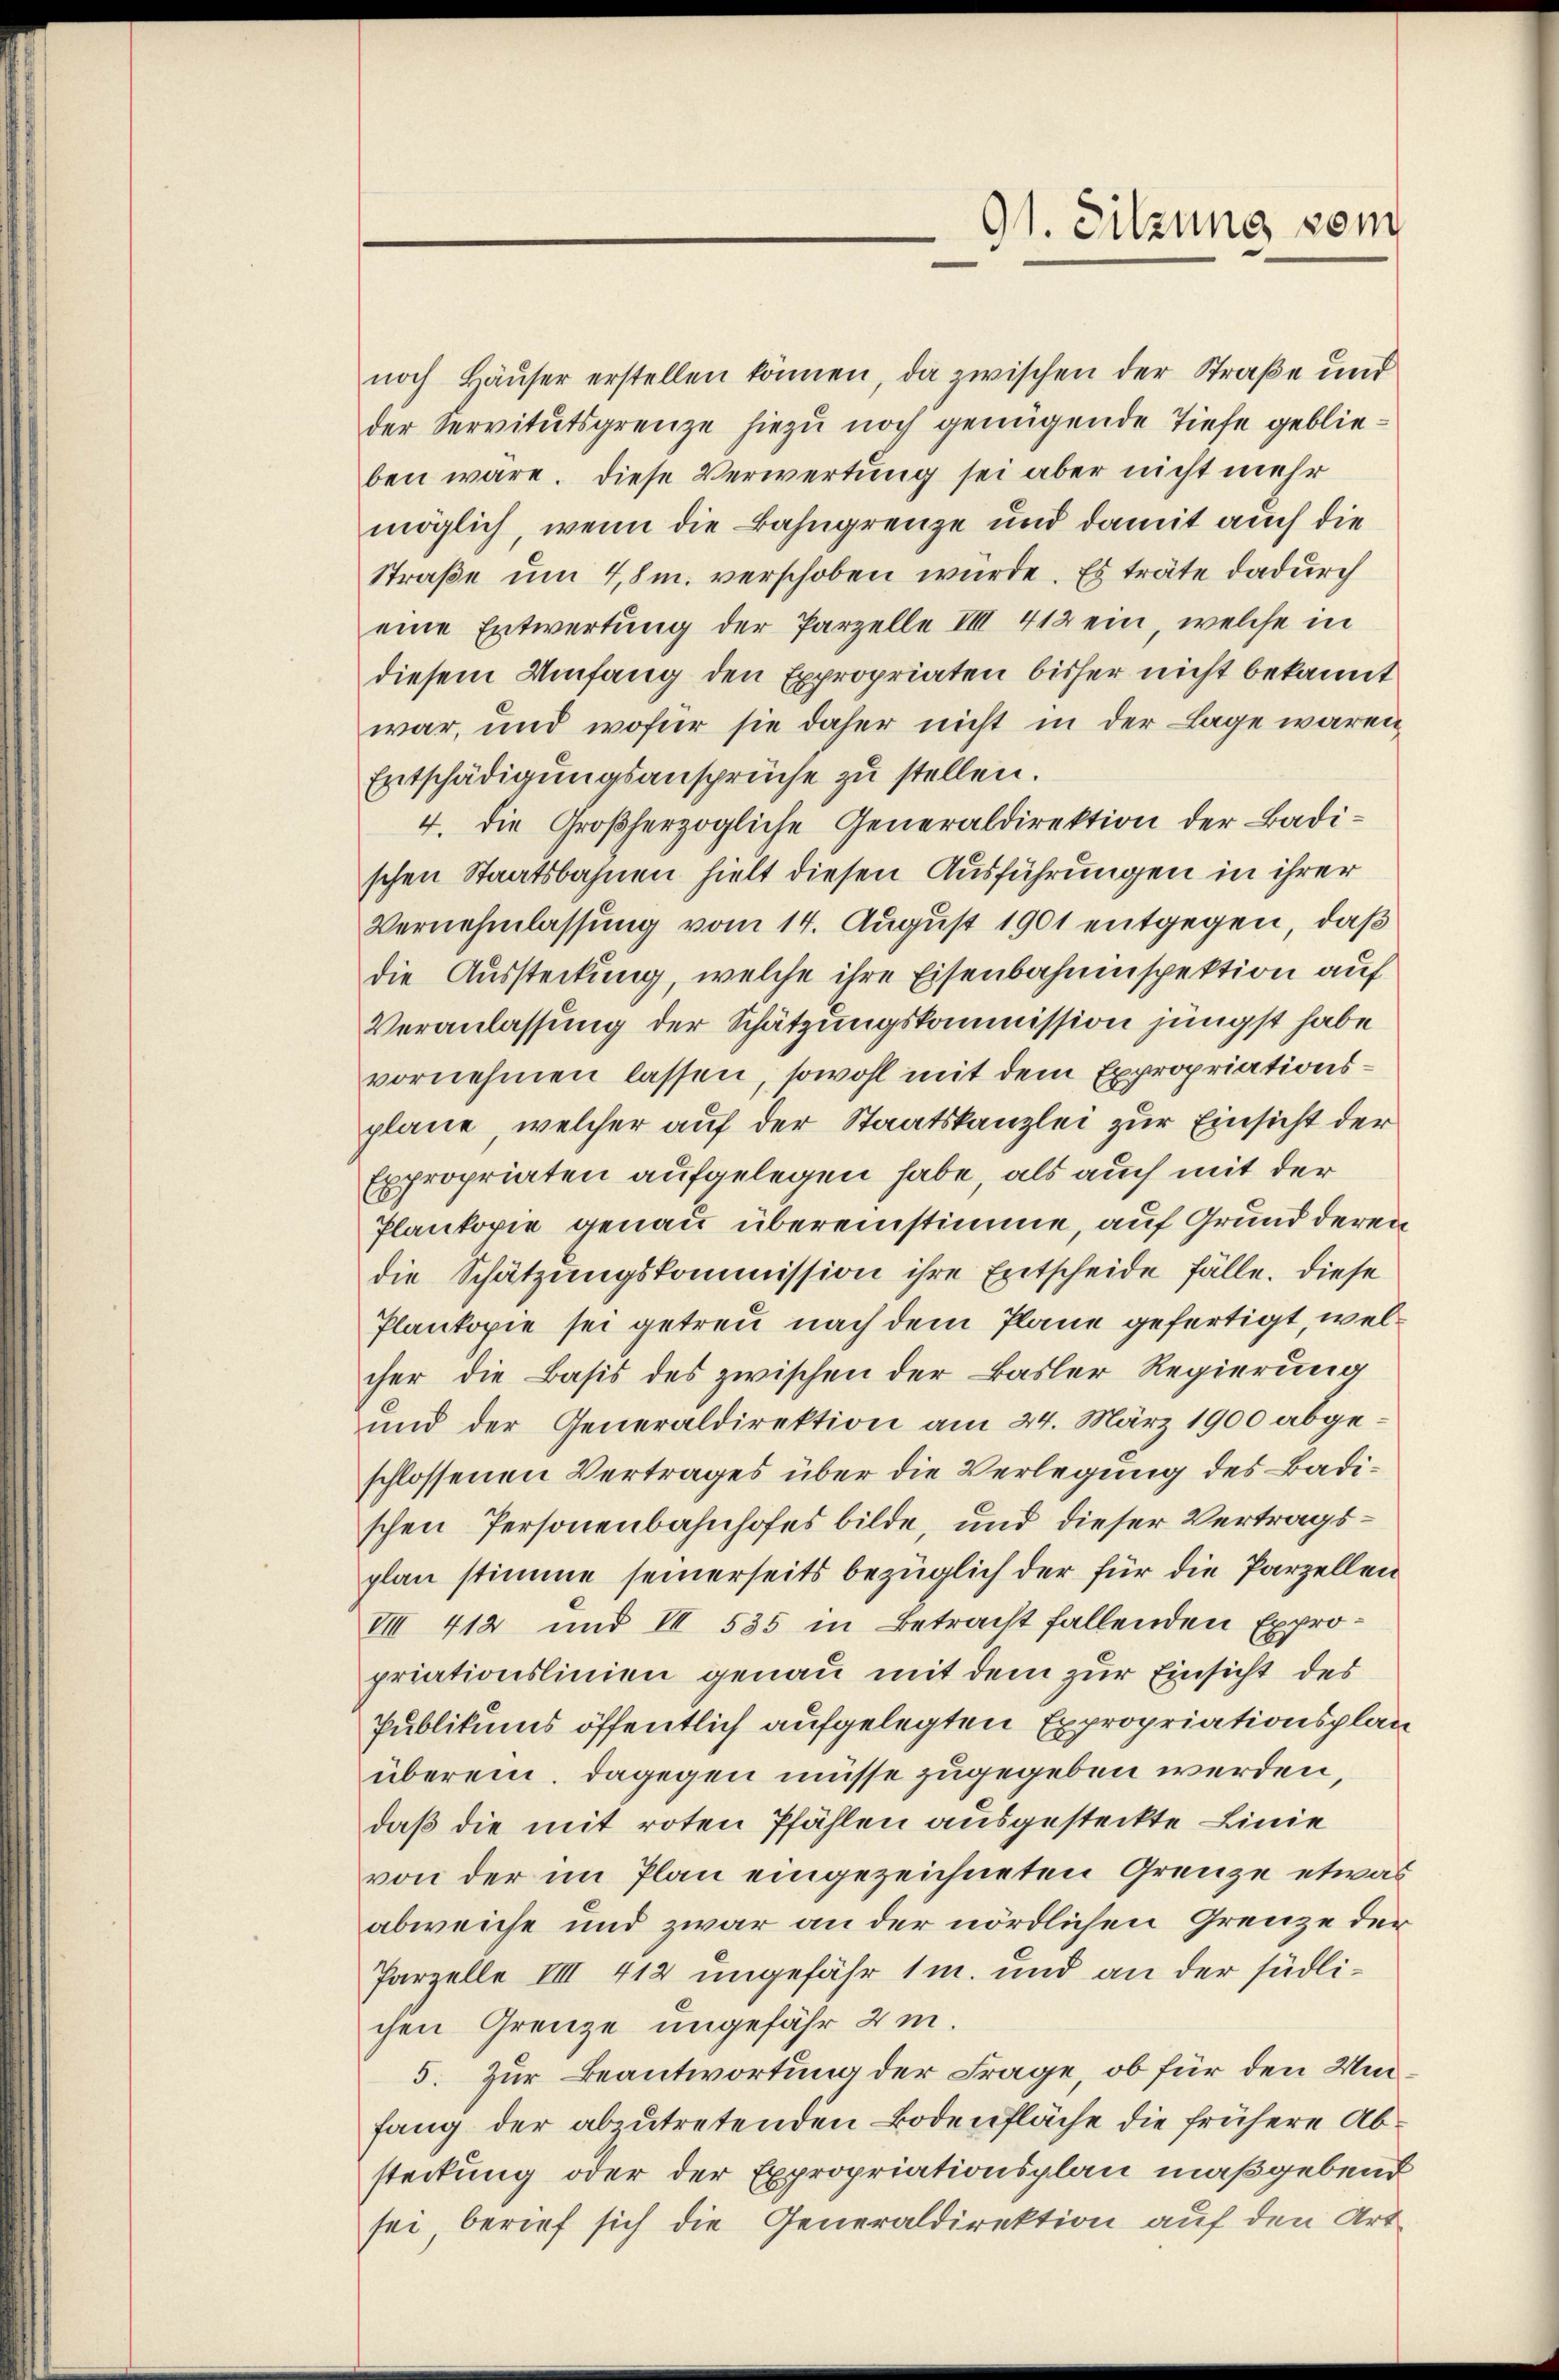
91. Sitzung vom

noch Häŭser erstellen können, da zwischen der Straße und
der Servitutsgrenze hiezu noch genügende Tiefe geblieben wäre. Diese Verwertung sei aber nicht mehr
möglich, wenn die Bahngrenze und damit auch die
Straße um 4,8m. verschoben wurde. Es träte dadurch
eine Entwertung der Parzelle IIII 412 ein, welche in
diesem Umfang den Expropriaten bisher nicht bekannt
war, und wofür sie daher nicht in der Lage waren
Entschädigungsansprüche zu stellen.
4. die Großherzogliche Generaldirektion der Badischen Staatsbahnen hielt diesen Ausführungen in ihrer
Vernehmlassung vom 14. August 1901 entgegen, daß
die Aussteckung, welche ihre Eisenbahnenspektion auf
Veranlassung der Schätzungskommission jüngst habe
vornehmen lassen, sowohl mit dem Expropriationsplane, welcher auf der Staatskanzlei zur Einsicht der
Expropriaten aufgelegen habe, als auch mit der
Plankopie genau übereinstimme, auf Grund deren
die Schätzungskommission ihre Entscheide fälle. Diese
Plankopie sei getreu nach dem Plane gefertigt, welcher die Basis des zwischen der Basler Regierung
und der Generaldirektion am 24. März 1900 abgeschlossenen Vertrages über die Verlegung des Badischen Personenbahnhofes bilde, und dieser Vertragsplan stimme seinerseits bezüglich der für die Parzellen
VIII 412 und II 535 in Betracht fallenden Expropriationslinien genau mit dem zur Einsicht des
Publikums öffentlich aufgelegten Expropriationsplan
überein. Dagegen müsse zugegeben werden,
daß die mit roten Pfählen ausgesteckte Linie
von der im Plan eingezeichneten Grenze etwas
abweiche und zwar an der nördlichen Grenze der
Parzelle IIII 412 ungefähr 1m. und an der südlichen Grenze ungefähr 2 m.
5. Zur Beantwortung der Frage, ob für den Umfang der abzutretenden Bodenfläche die frühere Absteckung oder der Expropriationsplan maßgebend
sei, berief sich die Generaldirektion auf den Art